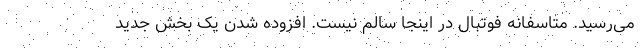
می‌رسید. متاسفانه فوتبال در اینجا سالم نیست. افزوده شدن یک بخش جدید